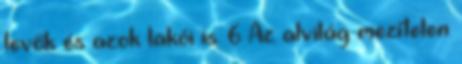
levők és azok lakói is. 6 Az alvilág mezítelen